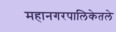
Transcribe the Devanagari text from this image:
महानगरपालिकेतले